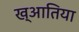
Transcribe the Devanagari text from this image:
ख्आतिया